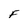
Character: f